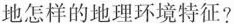
地怎样的地理环境特征?